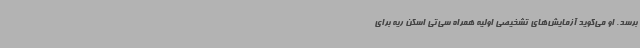
برسد. او می‌گوید آزمایش‌های تشخیصی اولیه همراه سی‌تی اسکن ریه برای